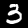
Digit: 3